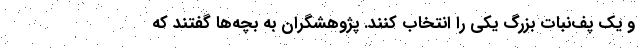
و یک پف‌نباتِ بزرگ یکی را انتخاب کنند. پژوهشگران به بچه‌ها گفتند که